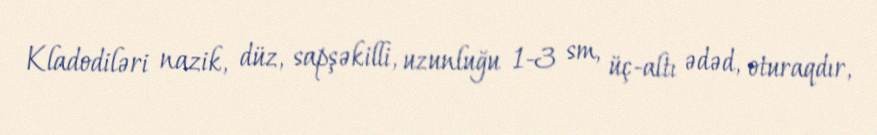
Kladodiləri nazik, düz, sapşəkilli, uzunluğu 1-3 sm, üç-altı ədəd, oturaqdır,